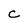
Character: c